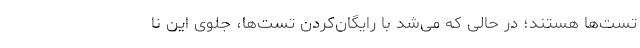
تست‌ها هستند؛ در حالی که می‌شد با رایگان‌کردن تست‌ها، جلوی این نا